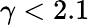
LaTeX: \gamma<2.1